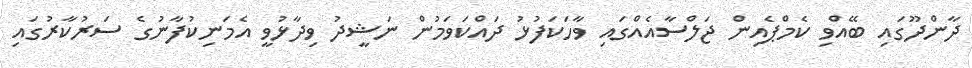
ދާންދޫގައި ބޭއްވި ކެމްޕެއިން ޖަލްސާއެއްގައި ވާހަކަފުޅު ދައްކަވަމުން ނަޝީދު ވިދާޅުވީ އެމަނިކުފާނުގެ ސަރުކާރުގައި